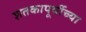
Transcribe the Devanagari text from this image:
शतकापूर्वीच्या